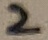
Text: 2